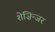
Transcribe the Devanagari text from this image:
शेज़िन्जर